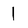
Character: 1